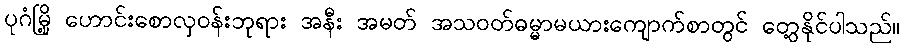
ပုဂံမြို့ ဟောင်းစောလှဝန်းဘုရား အနီး အမတ် အသဝတ်ဓမ္မာမယားကျောက်စာတွင် တွေ့နိုင်ပါသည်။